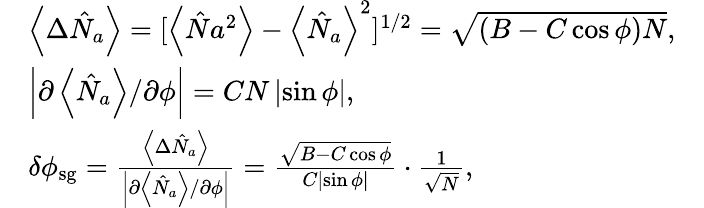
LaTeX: \begin{array}{rlr}&{\left\langle\Delta\hat{N}_{a}\right\rangle=[\left\langle\hat{N}{a}^{2}\right\rangle-\left\langle\hat{N}_{a}\right\rangle^{2}]^{1/2}=\sqrt{(B-C\cos\phi)N},}&\\ &{\left\vert\partial\left\langle\hat{N}_{a}\right\rangle/\partial\phi\right\vert=CN\left\vert\sin\phi\right\vert,}&\\ &{\delta\phi_{\mathrm{sg}}=\frac{\left\langle\Delta\hat{N}_{a}\right\rangle}{\left\vert\partial\left\langle\hat{N}_{a}\right\rangle/\partial\phi\right\vert}=\frac{\sqrt{B-C\cos\phi}}{C\left\vert\sin\phi\right\vert}\cdot\frac{1}{\sqrt{N}},}&\end{array}